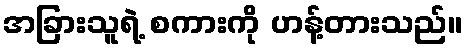
အခြားသူရဲ့ စကားကို ဟန့်တားသည်။